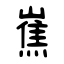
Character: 嶣